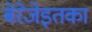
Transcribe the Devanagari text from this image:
बेरेजेइतका